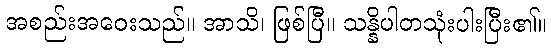
အစည်းအဝေးသည်။ အာသိ၊ ဖြစ်ပြီ။ သန္နိပါတသုံးပါးပြီး၏။